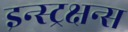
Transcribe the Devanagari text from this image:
इन्स्ट्रक्षन्स